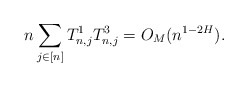
\begin{align*} n\sum_{j\in[n]}T^{1}_{n,j}T^{3}_{n,j} = O_M(n^{1-2H}).\end{align*}